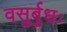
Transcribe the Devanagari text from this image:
वसुर्बुधः